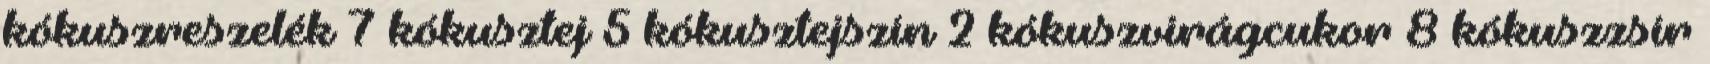
kókuszreszelék 7 kókusztej 5 kókusztejszín 2 kókuszvirágcukor 8 kókuszzsír